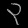
Digit: ၃